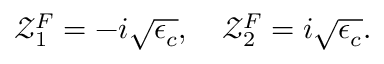
\begin{array} { r } { \mathcal { Z } _ { 1 } ^ { F } = - i \sqrt { \epsilon _ { c } } , \quad \mathcal { Z } _ { 2 } ^ { F } = i \sqrt { \epsilon _ { c } } . } \end{array}